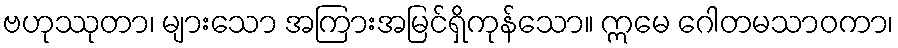
ဗဟုဿုတာ၊ များသော အကြားအမြင်ရှိကုန်သော။ ဣမေ ဂေါတမသာဝကာ၊